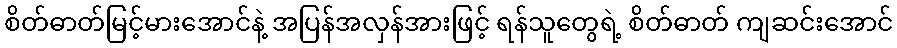
စိတ်ဓာတ်မြင့်မားအောင်နဲ့ အပြန်အလှန်အားဖြင့် ရန်သူတွေရဲ့ စိတ်ဓာတ် ကျဆင်းအောင်